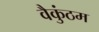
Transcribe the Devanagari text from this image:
वैकुंठम